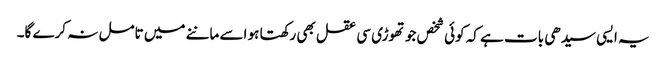
یہ ایسی سیدھی بات ہے کہ کوئی شخص جو تھوڑی سی عقل بھی رکھتا ہو اسے ماننے میں تامل نہ کرے گا۔